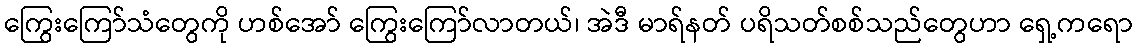
ကြွေးကြော်သံတွေကို ဟစ်အော် ကြွေးကြော်လာတယ်၊ အဲဒီ မာရ်နတ် ပရိသတ်စစ်သည်တွေဟာ ရှေ့ကရော